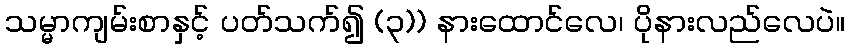
သမ္မာကျမ်းစာနှင့် ပတ်သက်၍ (၃)) နားထောင်လေ၊ ပိုနားလည်လေပဲ။